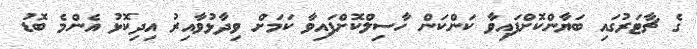
ގެ ޗާޓަރުގައި ބަޔާންކޮށްފައިވާ ކަންކަން ހާސިލްކޮށްފައިވާ ކަމަށް ވިދާޅުވާއިރު އިދިކޮޅު އެންމެ ބޮޑު